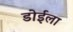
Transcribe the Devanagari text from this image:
डोईला